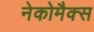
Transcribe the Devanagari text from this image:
नेकोमैक्स